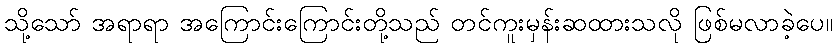
သို့သော် အရာရာ အကြောင်းကြောင်းတို့သည် တင်ကူးမှန်းဆထားသလို ဖြစ်မလာခဲ့ပေ။